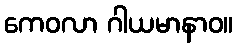
ကေဝလာ ဂါယမာနာဝ။